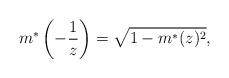
LaTeX: \begin{align*}m^{*}\left(-\frac{1}{z}\right)=\sqrt{1-m^{*}(z)^2},\end{align*}